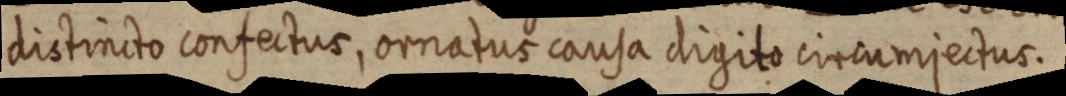
distincto confectus, ornatus causa digito circumjectus.